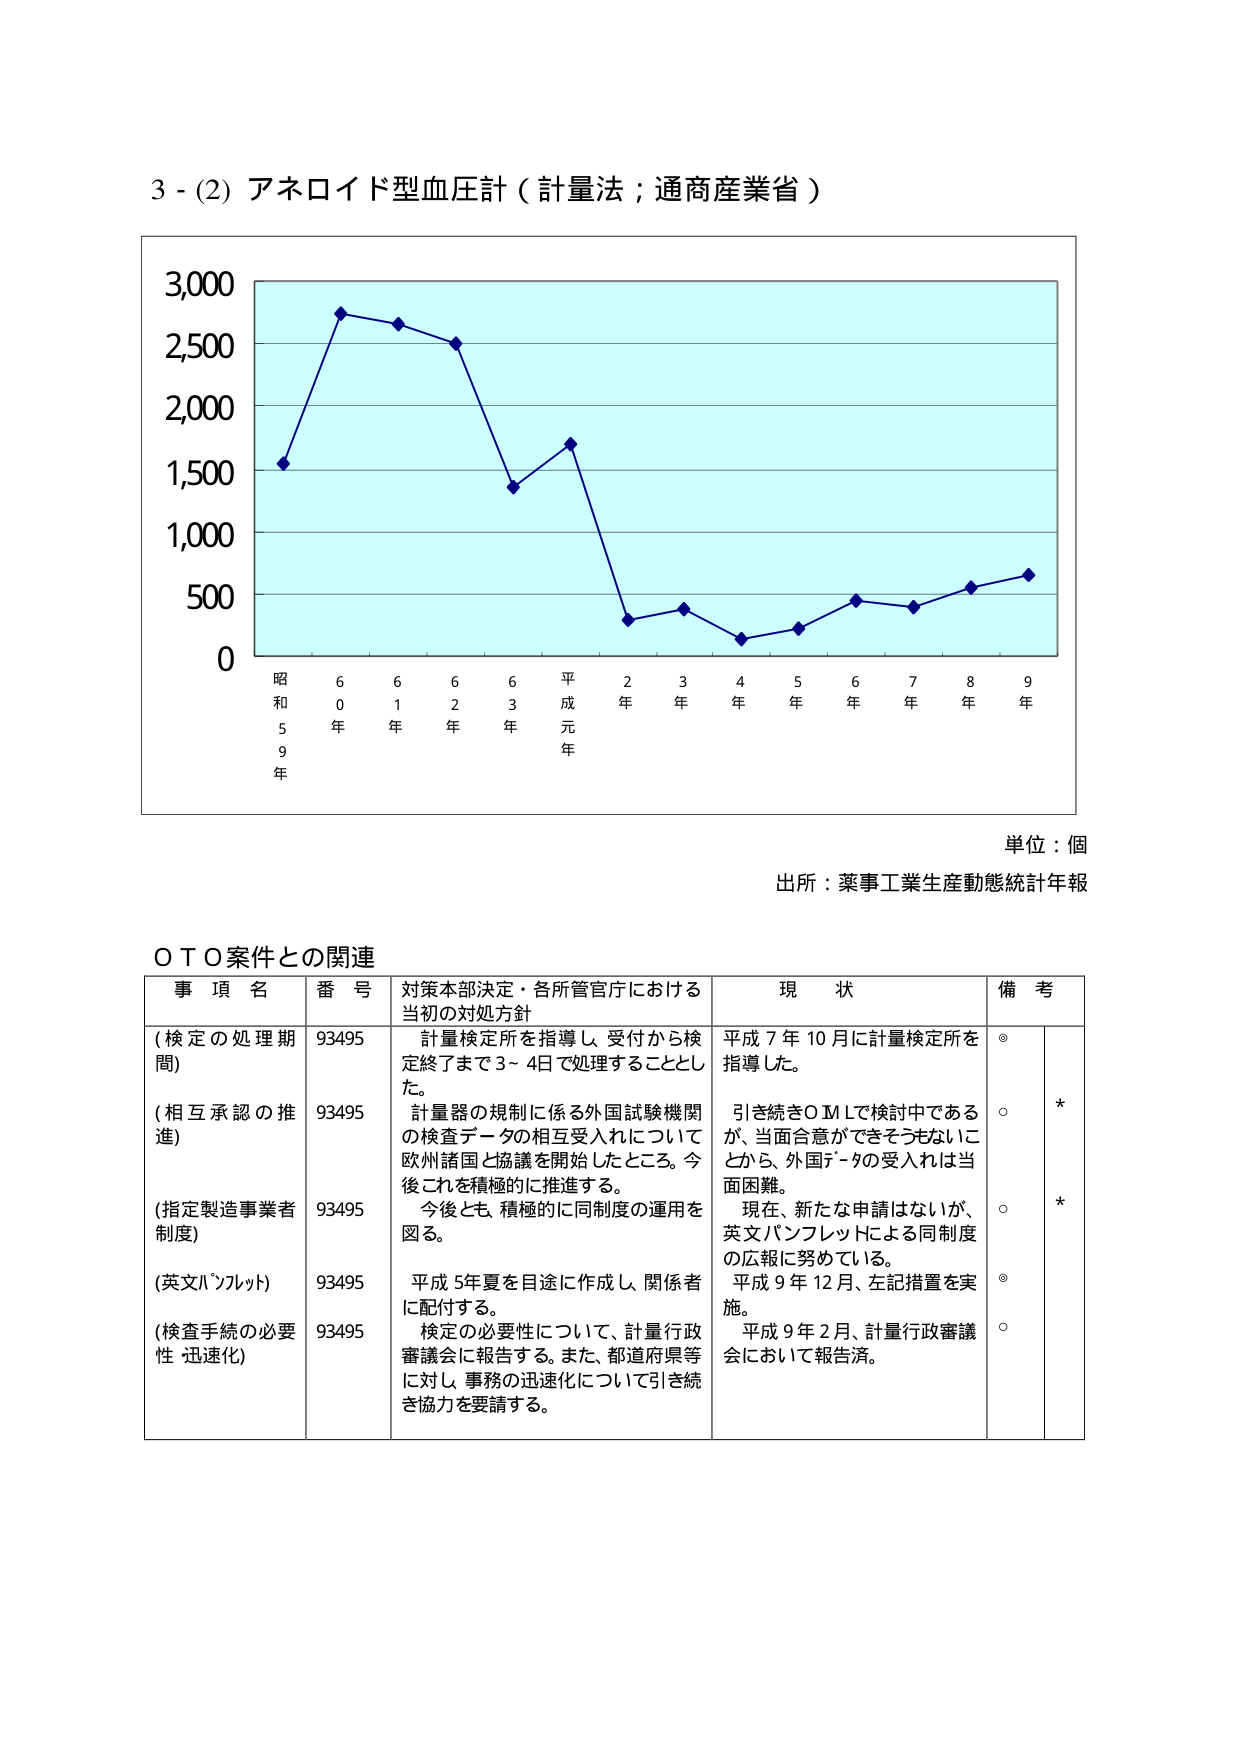
3 - (2) アネロイド型血圧計（計量法；通商産業省）

3,000
2,500
2,000
1,500
1,000
500
0

昭和59年　60年　61年　62年　63年　平成元年　2年　3年　4年　5年　6年　7年　8年　9年

単位：個
出所：薬事工業生産動態統計年報

ＯＴＯ案件との関連

事項名　　　　　番号　　　　　対策本部決定・各所管官庁における当初の対処方針　　　　　現状　　　　　備考
(検定の処理期間)　93495　　計量検定所を指導し、受付から検定終了まで3～4日で処理することとした。　　　平成7年10月に計量検定所を指導した。　◎
(相互承認の推進)　93495　　計量器の規制に係る外国試験機関の検査データの相互受入れについて欧州諸国と協議を開始したところ。今後これを積極的に推進する。　　　引き続きＯＭＬで検討中であるが、当面合意ができそうもないことから、外国データの受入れは当面困難。　○　*
(指定製造事業者制度)　93495　　今後とも、積極的に同制度の運用を図る。　　　現在、新たな申請はないが、英文パンフレットによる同制度の広報に努めている。　○　*
(英文パンフレット)　93495　　平成5年夏を目途に作成し、関係者に配付する。　　　平成9年12月、左記措置を実施。　◎
(検査手続の必要性 迅速化)　93495　　検定の必要性について、計量行政審議会に報告する。また、都道府県等に対し、事務の迅速化について引き続き協力を要請する。　　　平成9年2月、計量行政審議会において報告済。　○